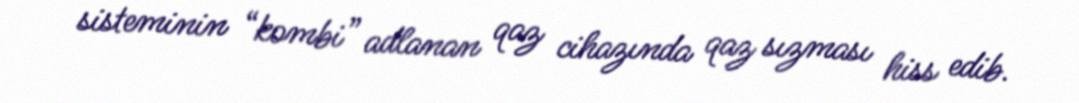
sisteminin “kombi” adlanan qaz cihazında qaz sızması hiss edib.